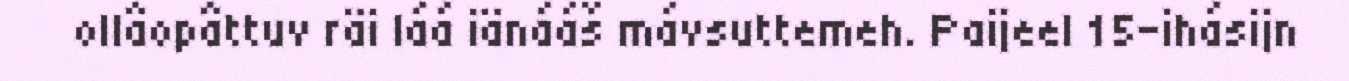
ollâopâttuv räi láá iänááš mávsuttemeh. Paijeel 15-ihásijn